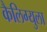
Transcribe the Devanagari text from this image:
कैलिग्युला